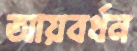
আয়বর্ধন